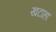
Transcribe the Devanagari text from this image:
खटाहा